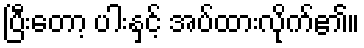
ပြီးတော့ ပါးနှင့် အပ်ထားလိုက်၏။